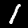
Digit: 1